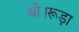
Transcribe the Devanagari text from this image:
थी।रूड़ा